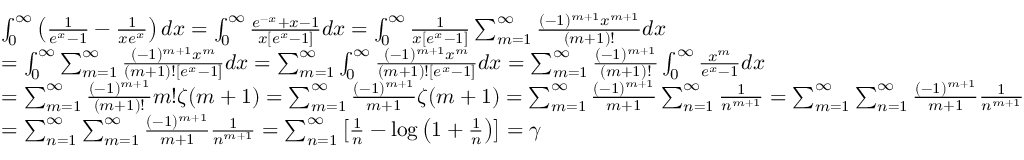
{ \begin{array} { r l } & { \int _ { 0 } ^ { \infty } \left( { \frac { 1 } { e ^ { x } - 1 } } - { \frac { 1 } { x e ^ { x } } } \right) d x = \int _ { 0 } ^ { \infty } { \frac { e ^ { - x } + x - 1 } { x [ e ^ { x } - 1 ] } } d x = \int _ { 0 } ^ { \infty } { \frac { 1 } { x [ e ^ { x } - 1 ] } } \sum _ { m = 1 } ^ { \infty } { \frac { ( - 1 ) ^ { m + 1 } x ^ { m + 1 } } { ( m + 1 ) ! } } d x } \\ & { = \int _ { 0 } ^ { \infty } \sum _ { m = 1 } ^ { \infty } { \frac { ( - 1 ) ^ { m + 1 } x ^ { m } } { ( m + 1 ) ! [ e ^ { x } - 1 ] } } d x = \sum _ { m = 1 } ^ { \infty } \int _ { 0 } ^ { \infty } { \frac { ( - 1 ) ^ { m + 1 } x ^ { m } } { ( m + 1 ) ! [ e ^ { x } - 1 ] } } d x = \sum _ { m = 1 } ^ { \infty } { \frac { ( - 1 ) ^ { m + 1 } } { ( m + 1 ) ! } } \int _ { 0 } ^ { \infty } { \frac { x ^ { m } } { e ^ { x } - 1 } } d x } \\ & { = \sum _ { m = 1 } ^ { \infty } { \frac { ( - 1 ) ^ { m + 1 } } { ( m + 1 ) ! } } m ! \zeta ( m + 1 ) = \sum _ { m = 1 } ^ { \infty } { \frac { ( - 1 ) ^ { m + 1 } } { m + 1 } } \zeta ( m + 1 ) = \sum _ { m = 1 } ^ { \infty } { \frac { ( - 1 ) ^ { m + 1 } } { m + 1 } } \sum _ { n = 1 } ^ { \infty } { \frac { 1 } { n ^ { m + 1 } } } = \sum _ { m = 1 } ^ { \infty } \sum _ { n = 1 } ^ { \infty } { \frac { ( - 1 ) ^ { m + 1 } } { m + 1 } } { \frac { 1 } { n ^ { m + 1 } } } } \\ & { = \sum _ { n = 1 } ^ { \infty } \sum _ { m = 1 } ^ { \infty } { \frac { ( - 1 ) ^ { m + 1 } } { m + 1 } } { \frac { 1 } { n ^ { m + 1 } } } = \sum _ { n = 1 } ^ { \infty } \left[ { \frac { 1 } { n } } - \log \left( 1 + { \frac { 1 } { n } } \right) \right] = \gamma } \end{array} }